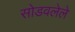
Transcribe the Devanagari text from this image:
सोडवलेले